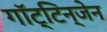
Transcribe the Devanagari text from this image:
गॉट्टिन्जेन